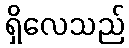
ရှိလေသည်